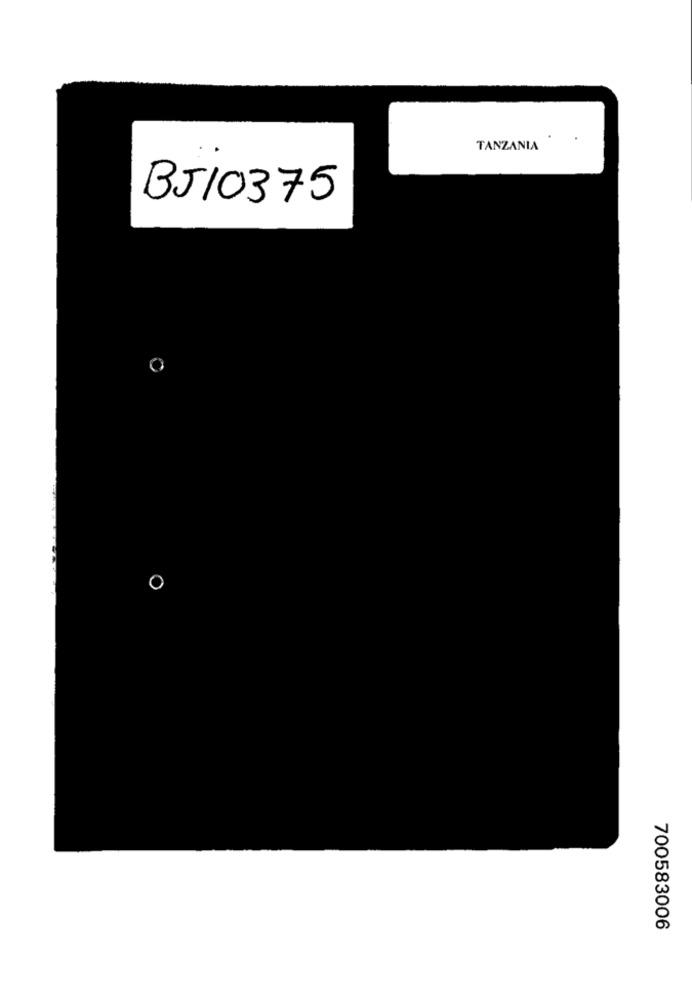
TANZANIA
BJ10375
700583006